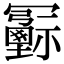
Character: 𠖦